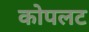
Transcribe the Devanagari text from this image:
कोपलट